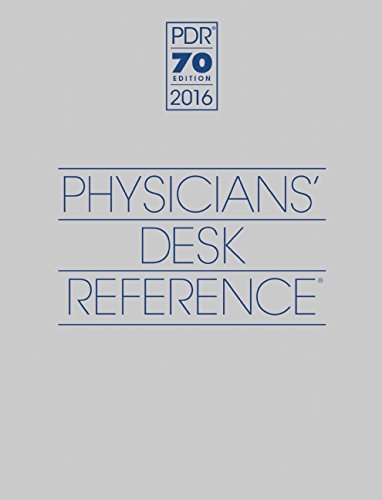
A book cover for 2016 Physicians' Desk Reference, 70th Edition (Physicians' Desk Reference (Pdr)); PDR Staff; Medical Books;